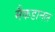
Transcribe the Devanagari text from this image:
मैकडानल